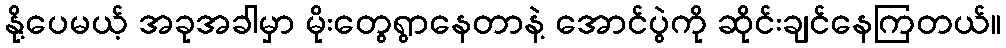
နို့ပေမယ့် အခုအခါမှာ မိုးတွေရွာနေတာနဲ့ အောင်ပွဲကို ဆိုင်းချင်နေကြတယ်။